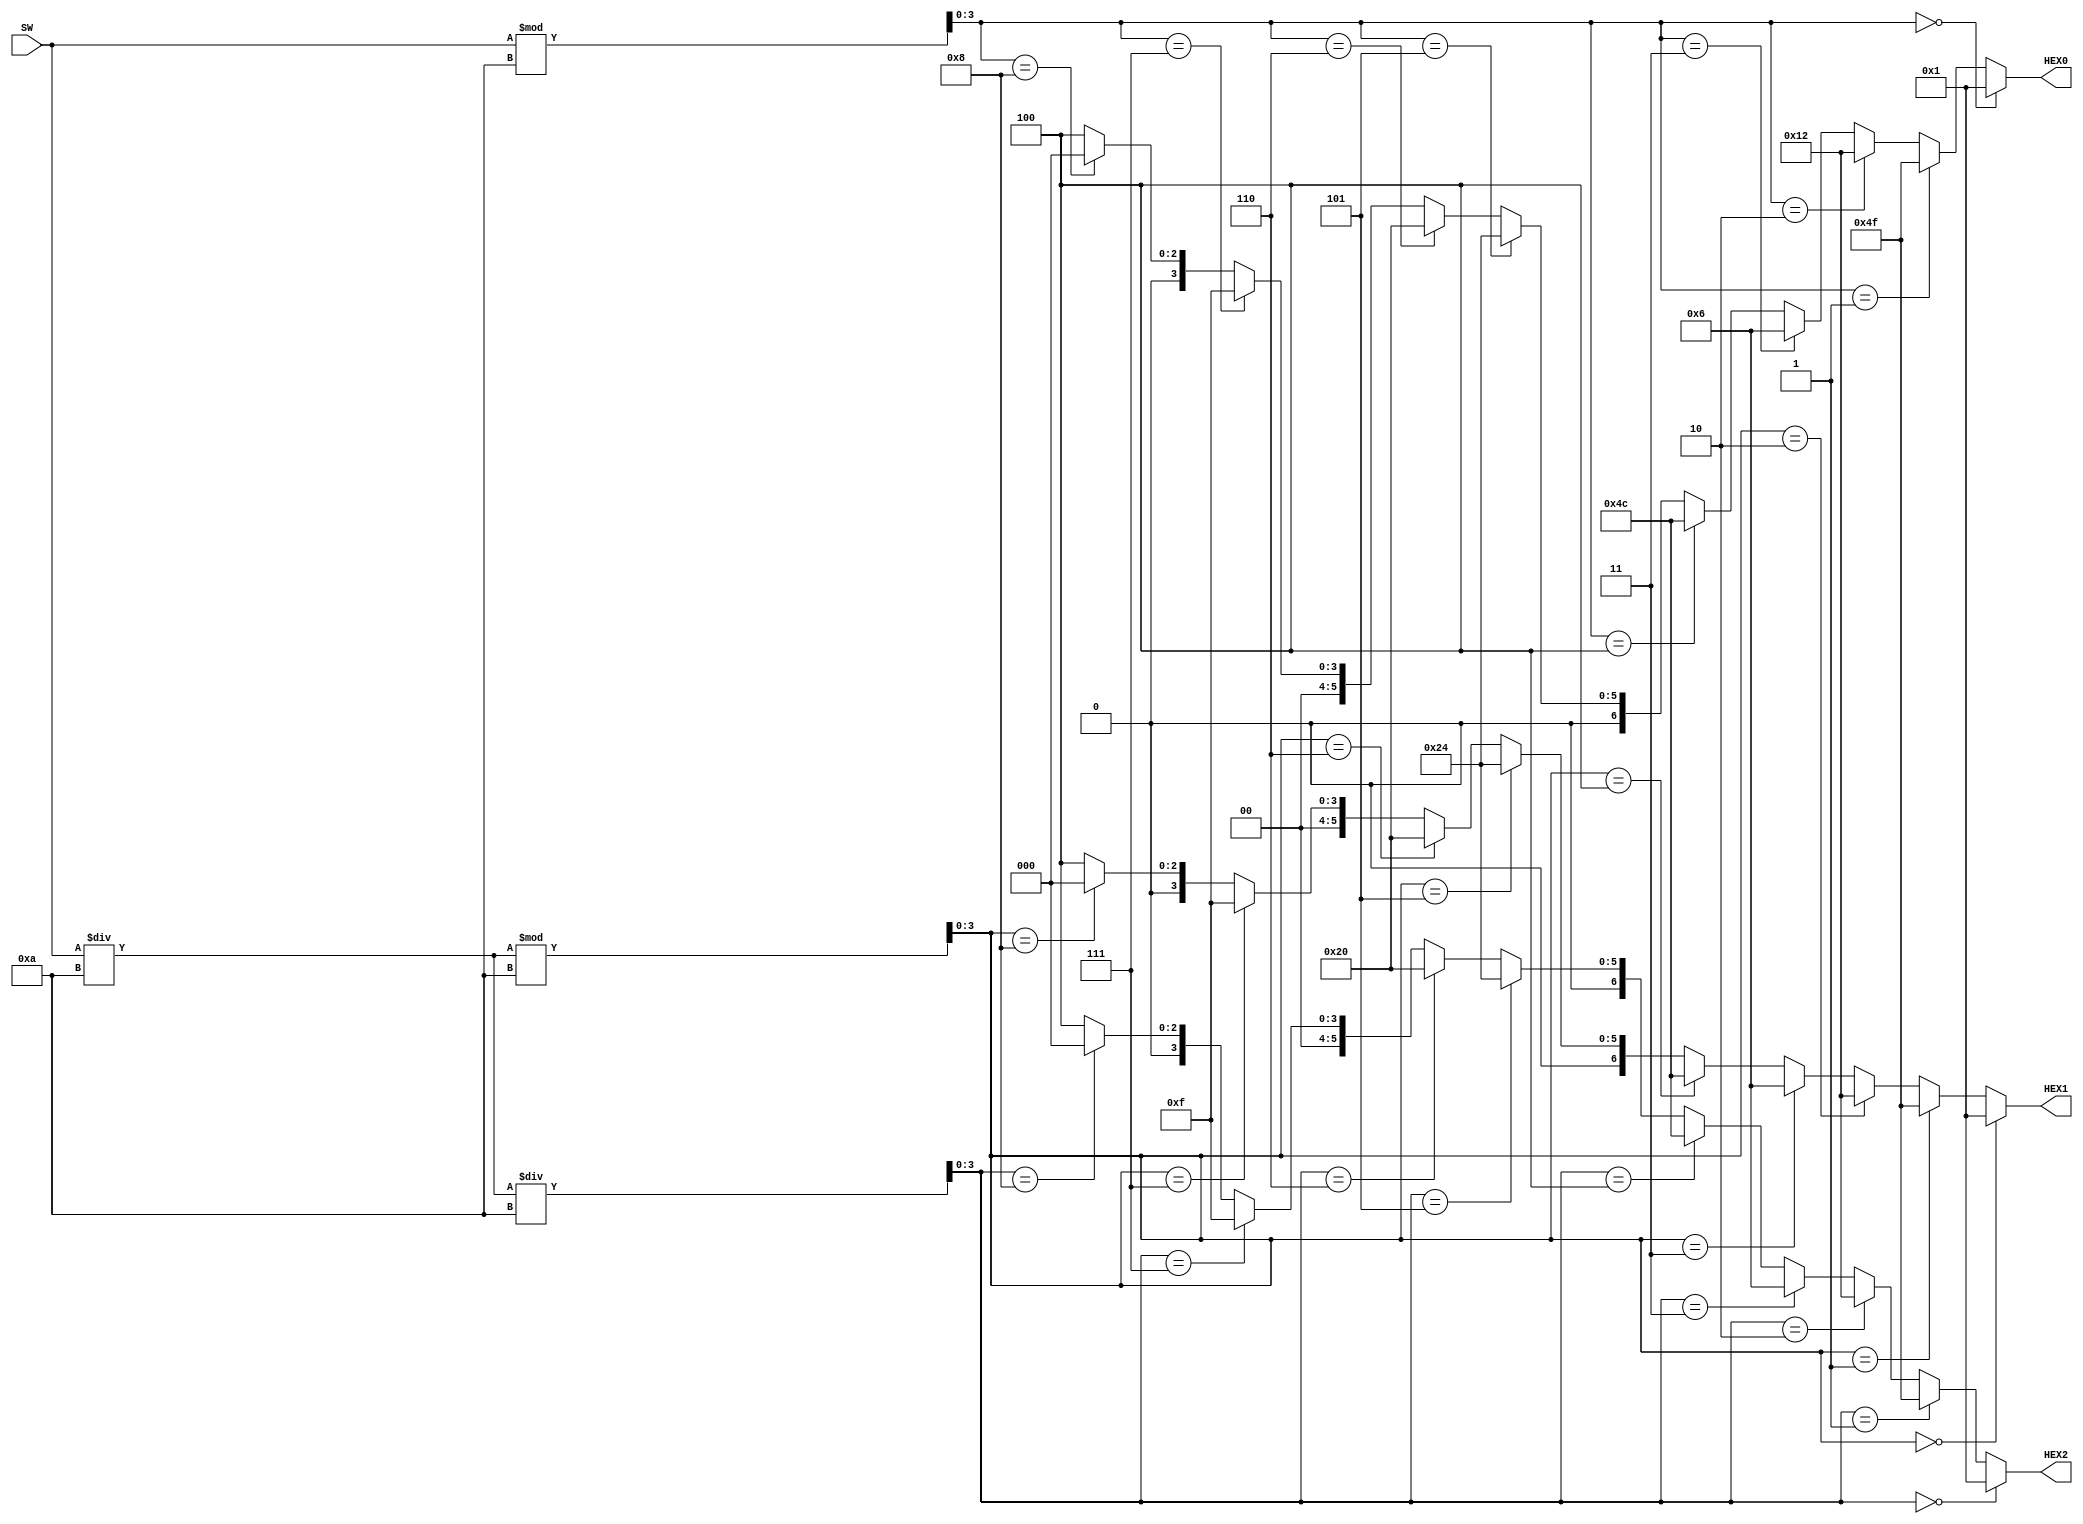
//Cu 7: Thit k mch i t s nh phn 9 bit (ly t switch) thnh s thp phn hin th ln 
//HEX2, HEX1 v HEX0.
module cau7 (SW, HEX0, HEX1, HEX2);
input [8:0] SW;
output [0:6] HEX0, HEX1, HEX2;
wire [3:0] donvi, chuc, tram;
assign donvi = SW%4'd10;
assign chuc = (SW/4'd10)%4'd10;
assign tram = ((SW/4'd10)/4'd10);
assign HEX0 = 	(donvi == 4'b0000) ? 7'b0000001://0
				(donvi == 4'b0001) ? 7'b1001111://1
				(donvi == 4'b0010) ? 7'b0010010://2
				(donvi == 4'b0011) ? 7'b0000110://3
				(donvi == 4'b0100) ? 7'b1001100://4
				(donvi == 4'b0101) ? 7'b0100100://5
				(donvi == 4'b0110) ? 7'b0100000://6
				(donvi == 4'b0111) ? 7'b0001111://7
				(donvi == 4'b1000) ? 7'b0000000:7'b0000100;//8 ->9
				
assign HEX1 = 	(chuc == 4'b0000) ? 7'b0000001://0
				(chuc == 4'b0001) ? 7'b1001111://1
				(chuc == 4'b0010) ? 7'b0010010://2
				(chuc == 4'b0011) ? 7'b0000110://3
				(chuc == 4'b0100) ? 7'b1001100://4
				(chuc == 4'b0101) ? 7'b0100100://5
				(chuc == 4'b0110) ? 7'b0100000://6
				(chuc == 4'b0111) ? 7'b0001111://7
				(chuc == 4'b1000) ? 7'b0000000:7'b0000100;//8 ->9
				
assign HEX2 = 	(tram == 4'b0000) ? 7'b0000001://0
				(tram == 4'b0001) ? 7'b1001111://1
				(tram == 4'b0010) ? 7'b0010010://2
				(tram == 4'b0011) ? 7'b0000110://3
				(tram == 4'b0100) ? 7'b1001100://4
				(tram == 4'b0101) ? 7'b0100100://5
				(tram == 4'b0110) ? 7'b0100000://6
				(tram == 4'b0111) ? 7'b0001111://7
				(tram == 4'b1000) ? 7'b0000000:7'b0000100;//8 ->9
endmodule